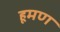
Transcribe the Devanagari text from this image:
हूमण